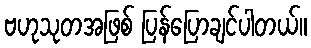
ဗဟုသုတအဖြစ် ပြန်ပြောချင်ပါတယ်။